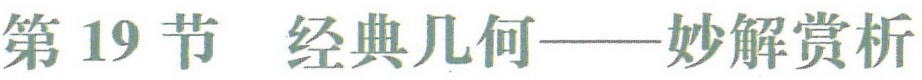
第19节 经典几何——妙解赏析